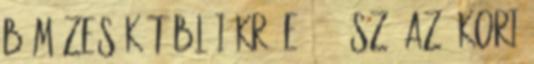
b Mózes kőtáblái Kr. e. 12. sz. Az ókori